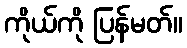
ကိုယ်ကို ပြန်မတ်။